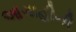
આગાહીની